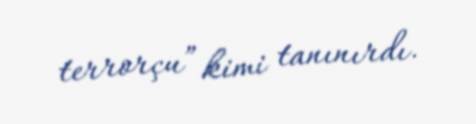
terrorçu” kimi tanınırdı.